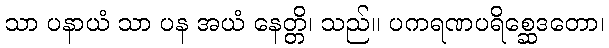
သာ ပနာယံ သာ ပန အယံ နေတ္တိ၊ သည်။ ပကရဏပရိစ္ဆေဒတော၊